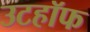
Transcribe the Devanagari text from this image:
उटहॉफ